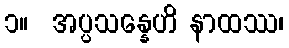
၁။  အပ္ပသန္နေဟိ နာထဿ၊